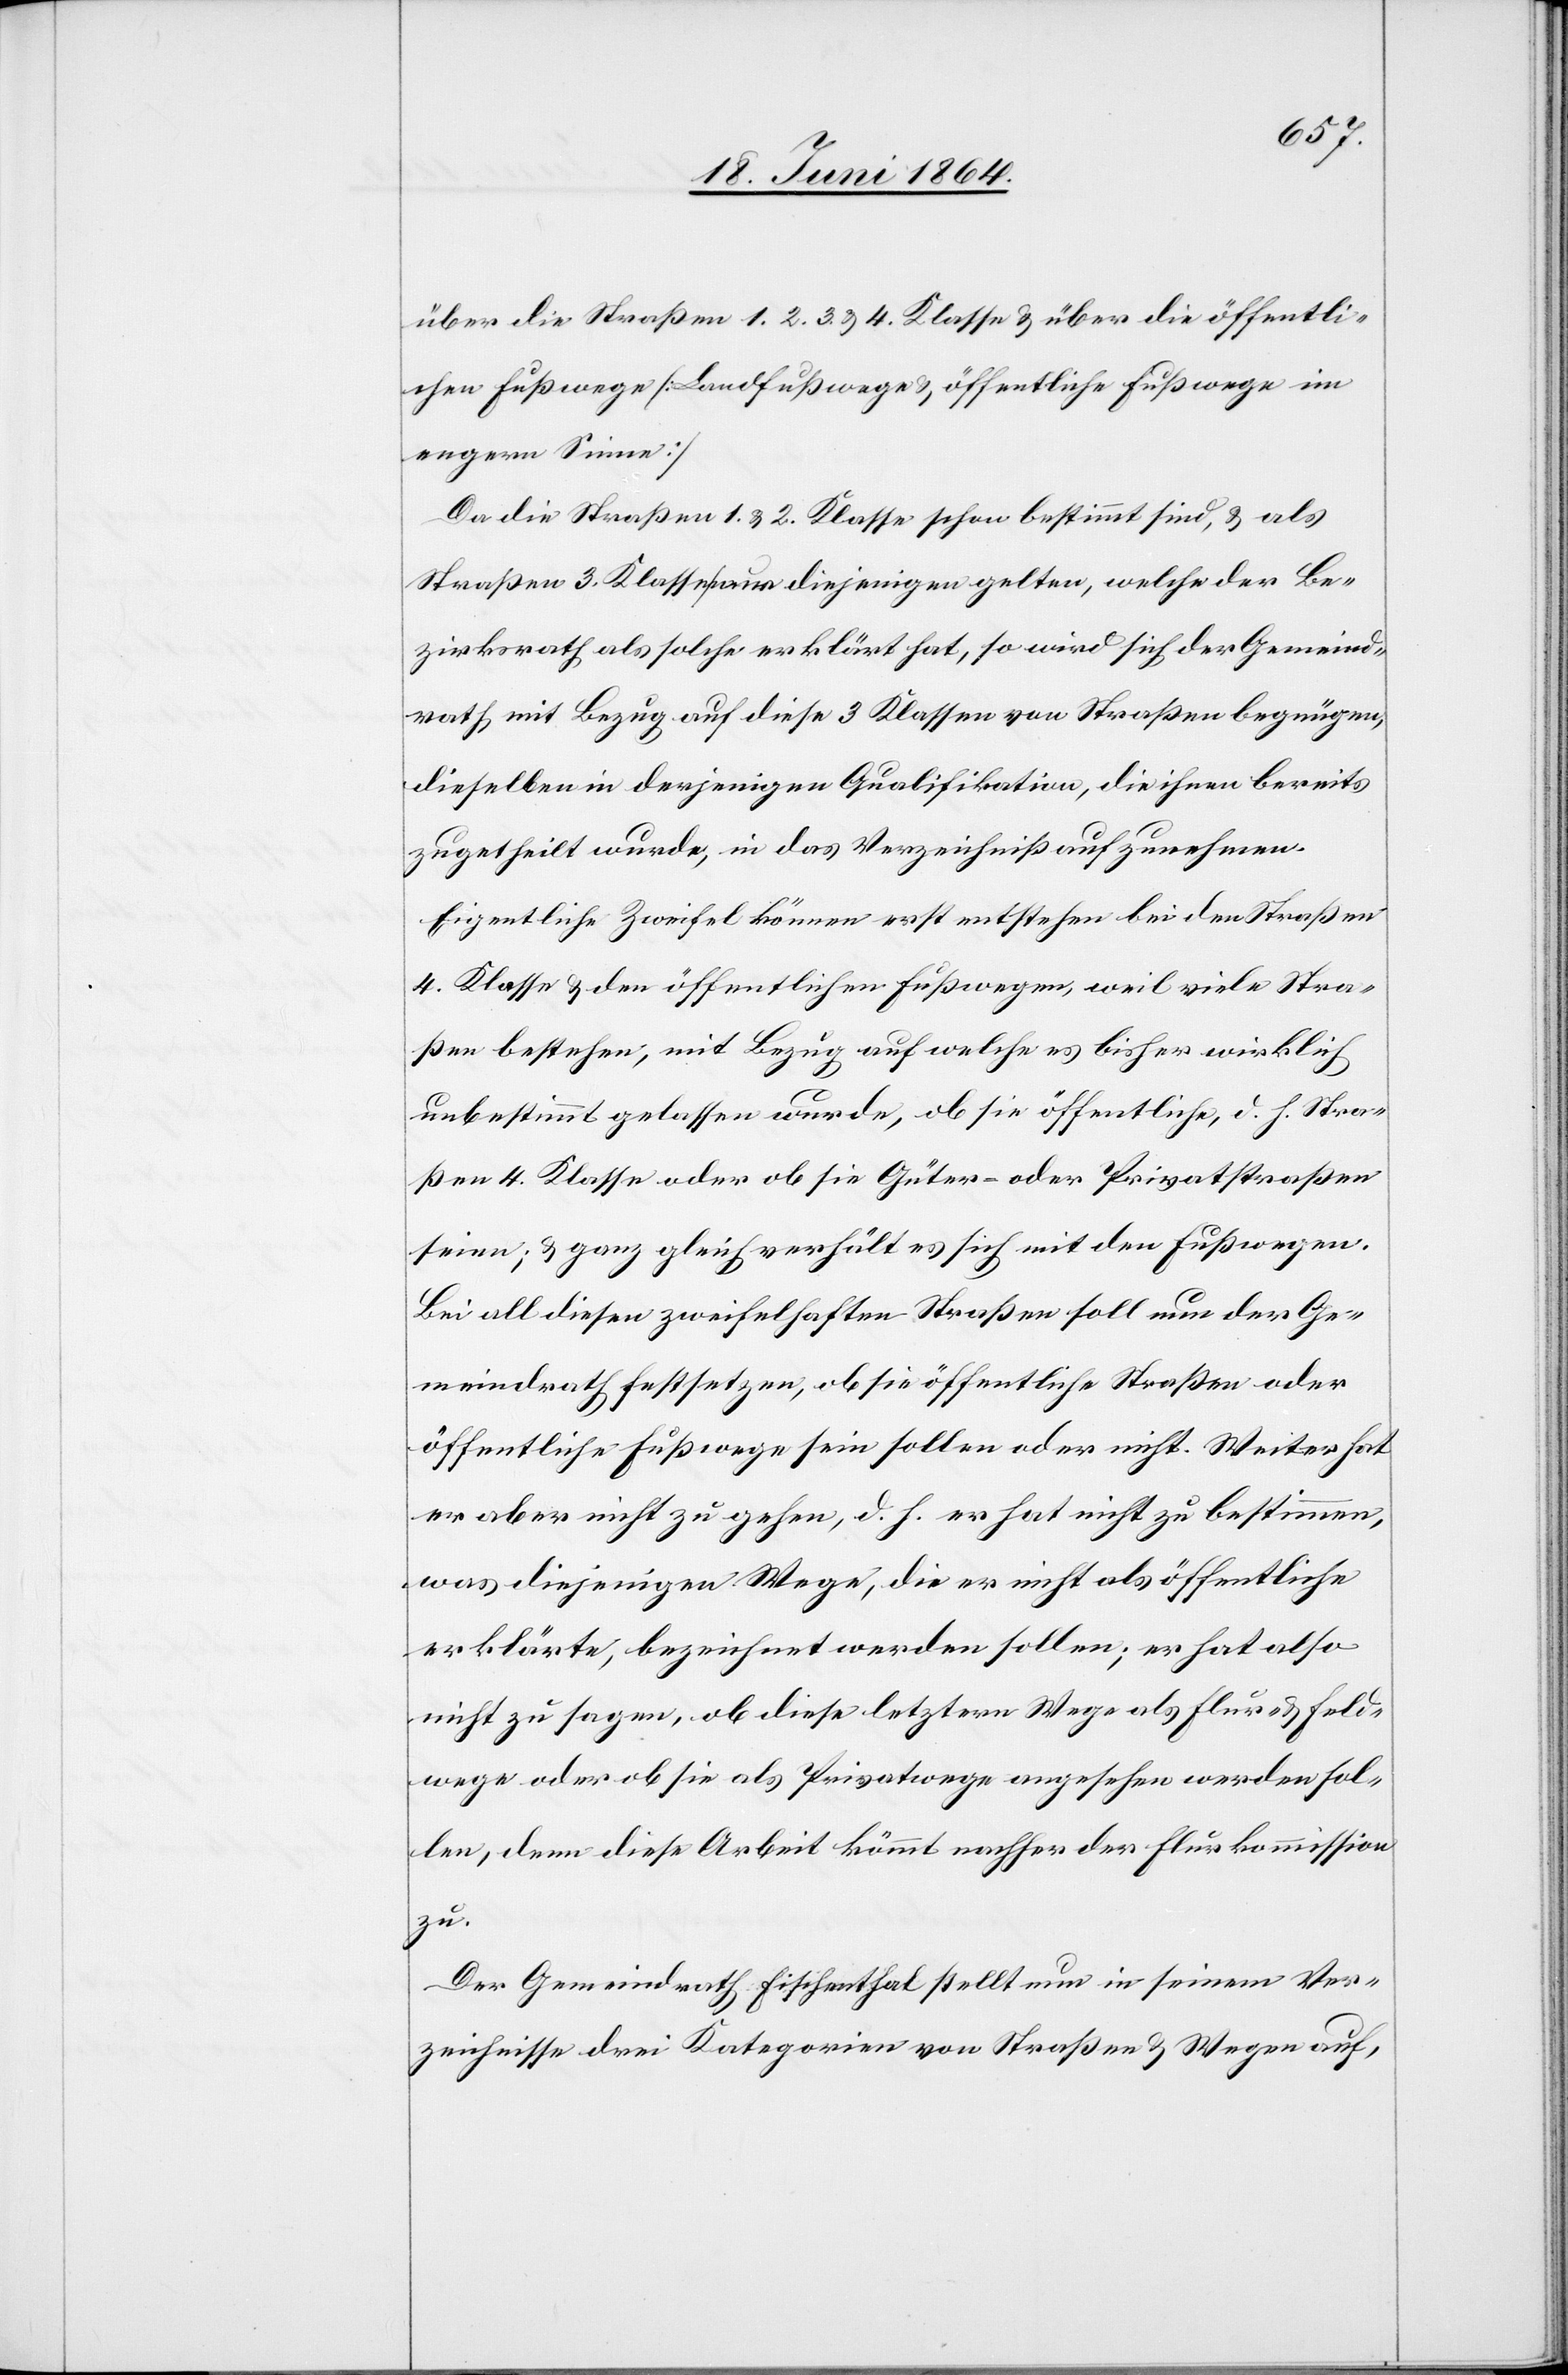
über die Straßen 1. 2. 3. u. 4. Klasse u. über die öffentli¬
chen Fußwege [Landfußwege u. öffentliche Fußwege im
engern Sinne][.]
Da die Straßen 1. u. 2. Klasse schon bestimmt sind, u. als
Straßen 3. Klasse [?nur] diejenigen gelten, welche der Be¬
zirksrath als solche erklärt hat, so wird sich der Gemeind¬
rath mit Bezug auf diese 3 Klassen von Straßen begnügen,
dieselben in derjenigen Qualifikation, die ihnen bereits
zugetheilt wurde, in das Verzeichniß aufzunehmen.
Eigentliche Zweifel können erst entstehen bei den Straßen
4. Klasse u. den öffentlichen Fußwegen, weil viele Stra¬
ßen bestehen, mit Bezug auf welche es bisher wirklich
unbestimmt gelassen wurde, ob sie öffentliche, d. h. Stra¬
ßen 4. Klasse oder ob sie Güter- oder Privatstraßen
seien; u. ganz gleich verhält es sich mit den Fußwegen.
Bei all diesen zweifelhaften Straßen soll nun der Ge¬
meindrath festsetzen, ob sie öffentliche Straßen oder
öffentliche Fußwege sein sollen oder nicht. Weiter hat
er aber nicht zu gehen, d. h. er hat nicht zu bestimmen,
was diejenigen Wege, die er nicht als öffentliche
erklärte, bezeichnet werden sollen; er hat also
nicht zu sagen, ob diese letztern Wege als Flur- u. Feld¬
wege oder ob sie als Privatwege angesehen werden sol¬
len, denn diese Arbeit kömmt nachher der Flurkommission
zu.
Der Gemeindrath Fischenthal stellt nun in seinem Ver¬
zeichnisse drei Kategorien von Straßen u. Wegen auf,